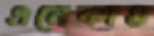
এমেকাও